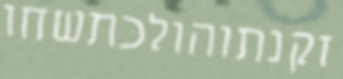
זקנתוהולכתשחו